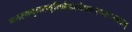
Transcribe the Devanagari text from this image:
नतस्यपुनरावृत्तिर्ब्रह्मलोकात्सनातनात्